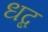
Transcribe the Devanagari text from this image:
धब्द